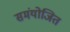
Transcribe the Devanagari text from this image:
समंयोजित